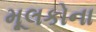
મૂલકોના